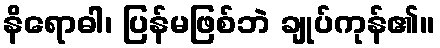
နိရောဓါ၊ ပြန်မဖြစ်ဘဲ ချုပ်ကုန်၏။